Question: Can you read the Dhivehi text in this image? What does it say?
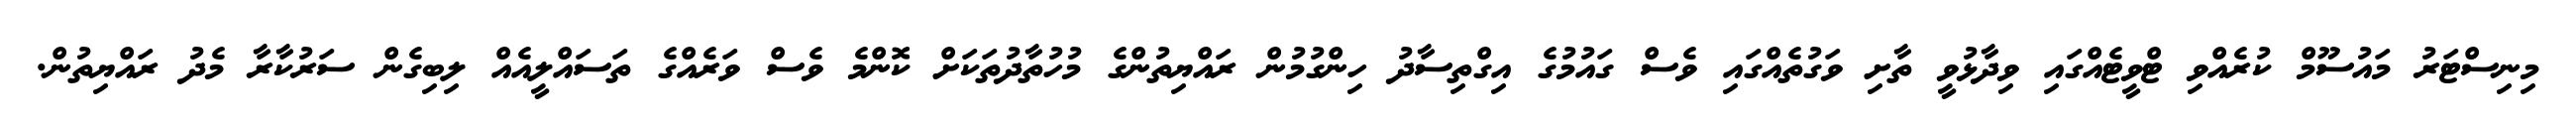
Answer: މިނިސްޓަރު މައުސޫމް ކުރެއްވި ޓްވީޓެއްގައި ވިދާޅުވީ ތާށި ވަގުތެއްގައި ވެސް ގައުމުގެ އިގްތިސާދު ހިންގުމުން ރައްޔިތުންގެ މުހުތާދުތަކަށް ކޮންމެ ވެސް ވަރެއްގެ ތަސައްލީއެއް ލިބިގެން ސަރުކާރާ މެދު ރައްޔިތުން.